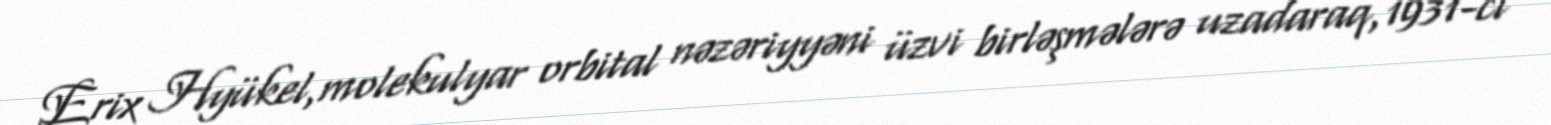
Erix Hyükel,molekulyar orbital nəzəriyyəni üzvi birləşmələrə uzadaraq,1931-ci